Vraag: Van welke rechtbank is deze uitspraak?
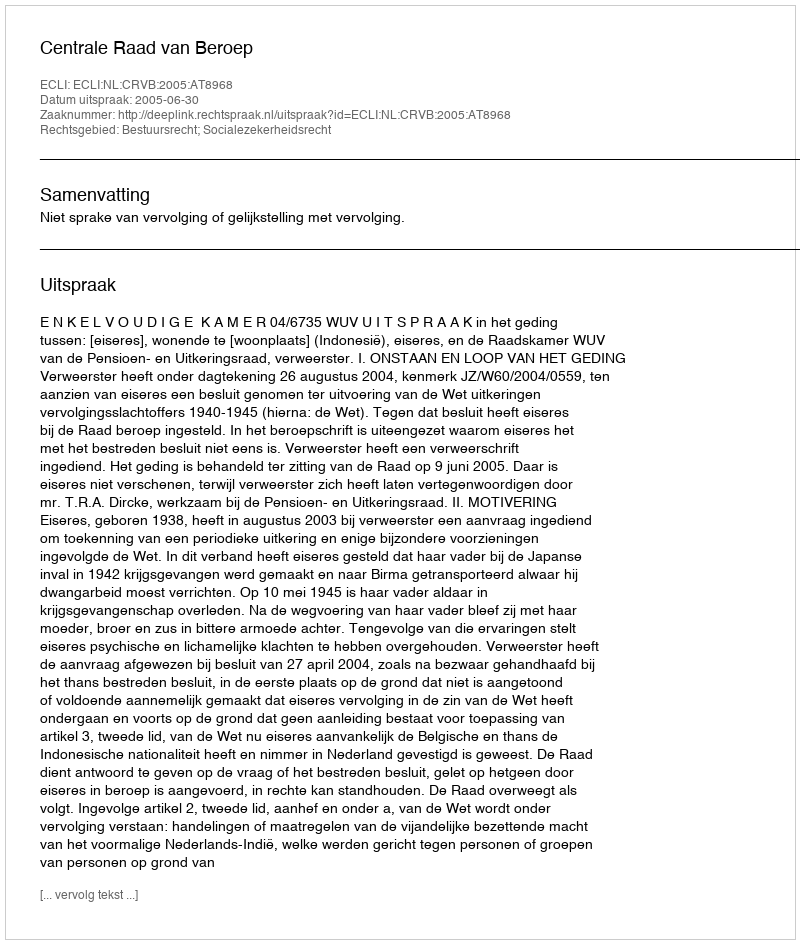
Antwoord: Centrale Raad van Beroep